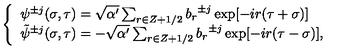
\left\{ \begin{array} { l } { { \psi } ^ { \pm j } ( \sigma , \tau ) = \sqrt { \alpha ^ { \prime } } \sum _ { r \in Z + 1 / 2 } { b _ { r } } ^ { \pm j } \exp [ - i r ( \tau + \sigma ) ] } \\ { { \tilde { \psi } } ^ { \pm j } ( \sigma , \tau ) = - \sqrt { \alpha ^ { \prime } } \sum _ { r \in Z + 1 / 2 } { b _ { r } } ^ { \pm j } \exp [ - i r ( \tau - \sigma ) ] , } \\ \end{array} \right.